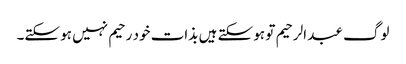
لوگ عبد الرحیم تو ہو سکتے ہیں بذات خود رحیم نہیں ہو سکتے۔